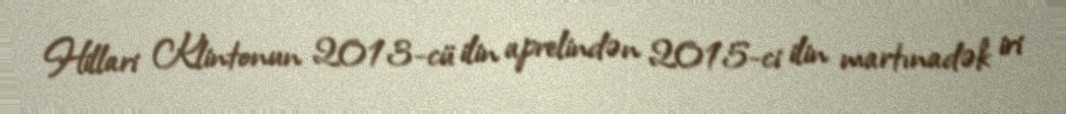
Hillari Klintonun 2013-cü ilin aprelindən 2015-ci ilin martınadək iri